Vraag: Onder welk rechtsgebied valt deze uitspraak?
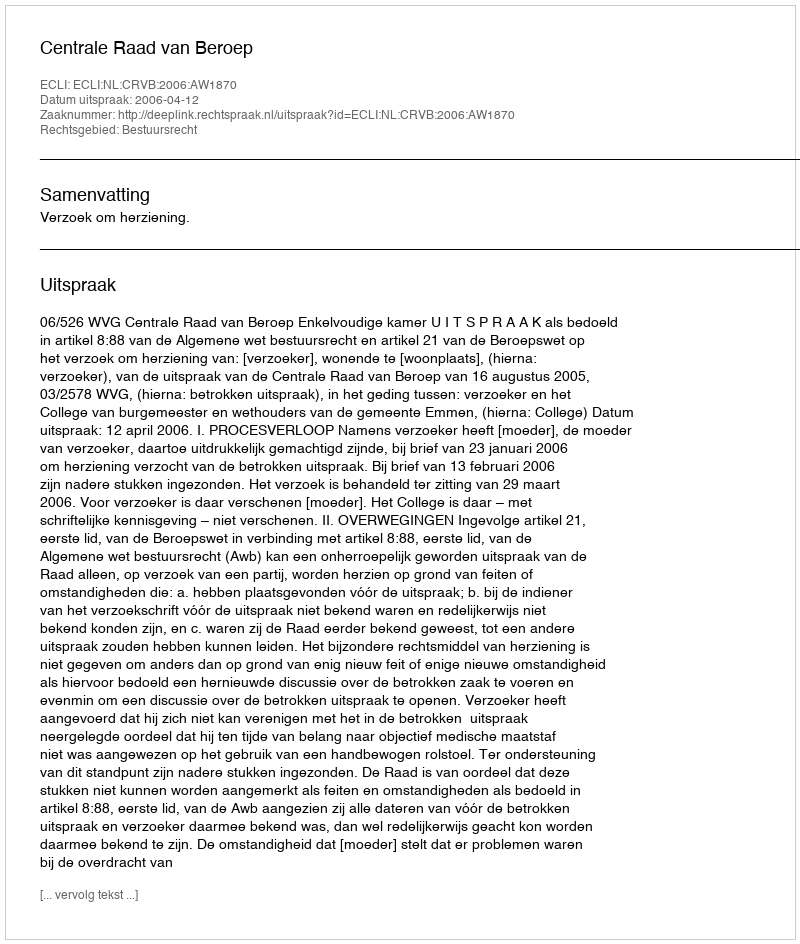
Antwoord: Bestuursrecht